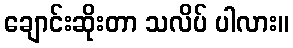
ချောင်းဆိုးတာ သလိပ် ပါလား။